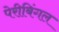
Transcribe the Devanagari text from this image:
पेरीबिंगल